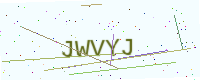
Text: JWVYJ